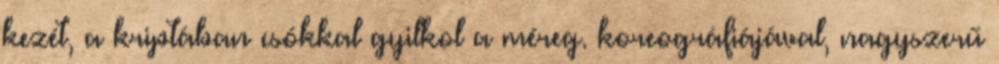
kezét, a kriptában csókkal gyilkol a méreg. koreográfiájával, nagyszerű